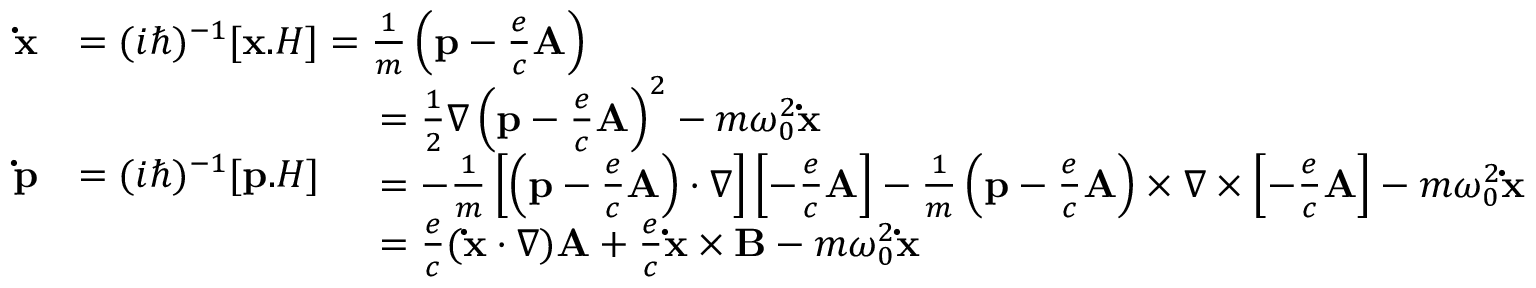
{ \begin{array} { r l } { \mathbf { \dot { x } } } & { = ( i \hbar ) ^ { - 1 } [ \mathbf { x } . H ] = { \frac { 1 } { m } } \left( \mathbf { p } - { \frac { e } { c } } \mathbf { A } \right) } \\ { \mathbf { \dot { p } } } & { = ( i \hbar ) ^ { - 1 } [ \mathbf { p } . H ] { \begin{array} { r l } & { = { \frac { 1 } { 2 } } \nabla \left( \mathbf { p } - { \frac { e } { c } } \mathbf { A } \right) ^ { 2 } - m \omega _ { 0 } ^ { 2 } \mathbf { \dot { x } } } \\ & { = - { \frac { 1 } { m } } \left[ \left( \mathbf { p } - { \frac { e } { c } } \mathbf { A } \right) \cdot \nabla \right] \left[ - { \frac { e } { c } } \mathbf { A } \right] - { \frac { 1 } { m } } \left( \mathbf { p } - { \frac { e } { c } } \mathbf { A } \right) \times \nabla \times \left[ - { \frac { e } { c } } \mathbf { A } \right] - m \omega _ { 0 } ^ { 2 } \mathbf { \dot { x } } } \\ & { = { \frac { e } { c } } ( \mathbf { \dot { x } } \cdot \nabla ) \mathbf { A } + { \frac { e } { c } } \mathbf { \dot { x } } \times \mathbf { B } - m \omega _ { 0 } ^ { 2 } \mathbf { \dot { x } } } \end{array} } } \end{array} }